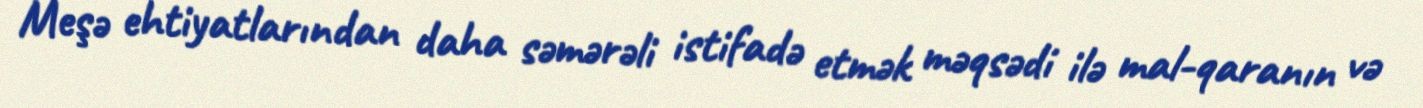
Meşə ehtiyatlarından daha səmərəli istifadə etmək məqsədi ilə mal-qaranın və